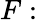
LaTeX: F: